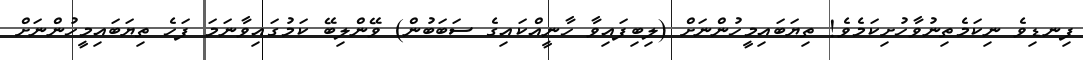
ފިނޑިވެ ނިކަމެތިނުވާހުށިކަމެވެ! ތިޔަބައިމީހުންނަށް (ލިބިފައިވާ ހާނީއްކައިގެ ސަބަބުން) ވޭންލިބޭ ކަމުގައިވާނަމަ ފަހެ ތިޔަބައިމީހުންނަށް